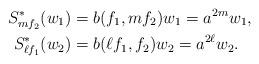
LaTeX: \begin{align*}S_{mf_2}^*(w_1)&=b(f_1,mf_2)w_1=a^{2m}w_1,\\S_{\ell f_1}^*(w_2)&=b(\ell f_1,f_2)w_2=a^{2\ell}w_2.\end{align*}